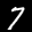
Label: 7